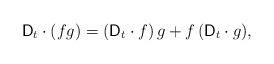
LaTeX: \begin{align*} \mathsf{D}_{t}\cdot(fg) = (\mathsf{D}_{t}\cdot f)\,g + f\,(\mathsf{D}_{t}\cdot g), \end{align*}